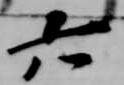
六